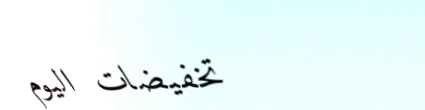
تخفيضات اليوم